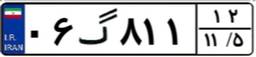
۰۶گ۸۱۱۱۲